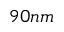
9 0 n m